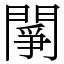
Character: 䦛